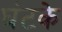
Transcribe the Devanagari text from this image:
घंटके